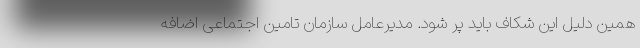
همین دلیل این شکاف باید پر شود. مدیرعامل سازمان تامین اجتماعی اضافه